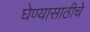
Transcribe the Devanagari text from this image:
घेण्यासाठीचे